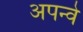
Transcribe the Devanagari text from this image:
अपन्वे